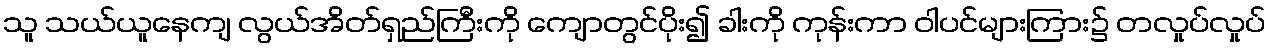
သူ သယ်ယူနေကျ လွယ်အိတ်ရှည်ကြီးကို ကျောတွင်ပိုး၍ ခါးကို ကုန်းကာ ဝါပင်များကြား၌ တလှုပ်လှုပ်